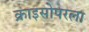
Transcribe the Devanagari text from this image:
क्राइसोपरला